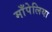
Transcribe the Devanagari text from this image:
माँपेलिया